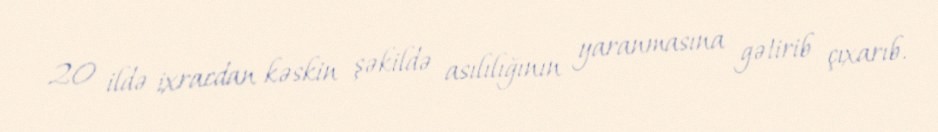
20 ildə ixracdan kəskin şəkildə asılılığının yaranmasına gətirib çıxarıb.